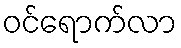
ဝင်ရောက်လာ